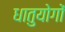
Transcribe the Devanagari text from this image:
धातुयोगों